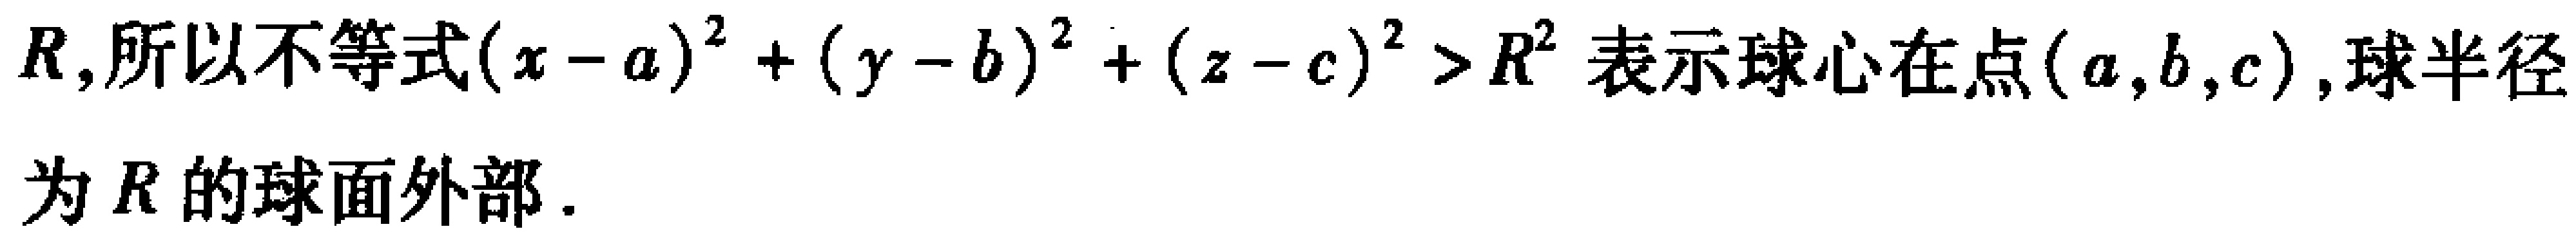
\(R\),所以不等式\((x - a)^{2} + (y - b)^{2} + (z - c)^{2} > R^{2}\)表示球心在点\((a,b,c)\),球半径为\(R\)的球面外部.